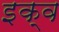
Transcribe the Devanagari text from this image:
इक्व